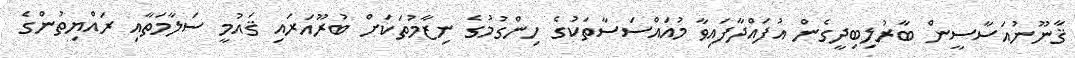
ޤާނޫނުއަސާސީން ބާރުލިބިދީގެން އުފައްދާފައިވާ މުއައްސަސާތަކުގެ ހިންގުމުގެ ނިޒާމުތަކަށް ބުރޫއަރައި ޤައުމީ ސަލާމަތާއި ރައްޔިތުންގެ